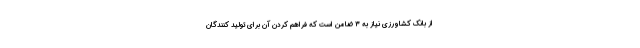
از بانک کشاورزی نیاز به ۳ ضامن است که فراهم کردن آن برای تولید کنندگان